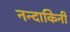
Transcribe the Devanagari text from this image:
नन्दाकिनी